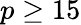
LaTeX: p\ge 15